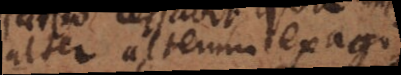
alter alterum exagi